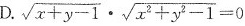
D.$$ \sqrt { x + y - 1 } \cdot